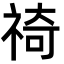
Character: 䄎